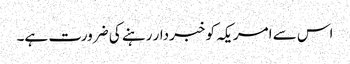
اس سے امریکہ کو خبردار رہنے کی ضرورت ہے۔